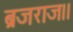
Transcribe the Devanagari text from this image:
ब्रजराज।।